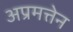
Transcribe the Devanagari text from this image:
अप्रमत्तेन